Problem: 5 × 3 = ?
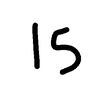
Handwritten answer: 15